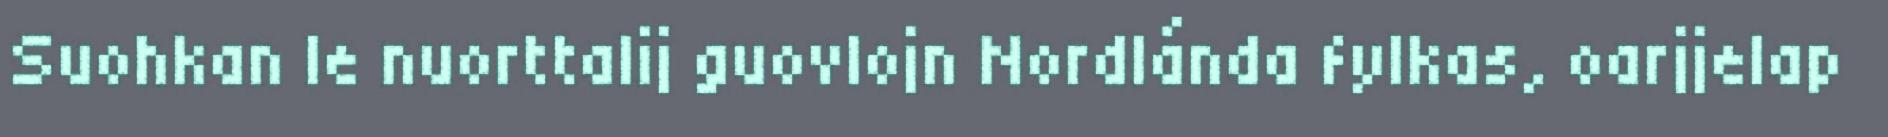
Suohkan le nuorttalij guovlojn Nordlánda fylkas, oarjjelap